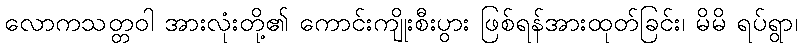
လောကသတ္တဝါ အားလုံးတို့၏ ကောင်းကျိုးစီးပွား ဖြစ်ရန်အားထုတ်ခြင်း၊ မိမိ ရပ်ရွာ၊